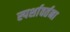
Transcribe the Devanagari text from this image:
स्पर्शावर्तना